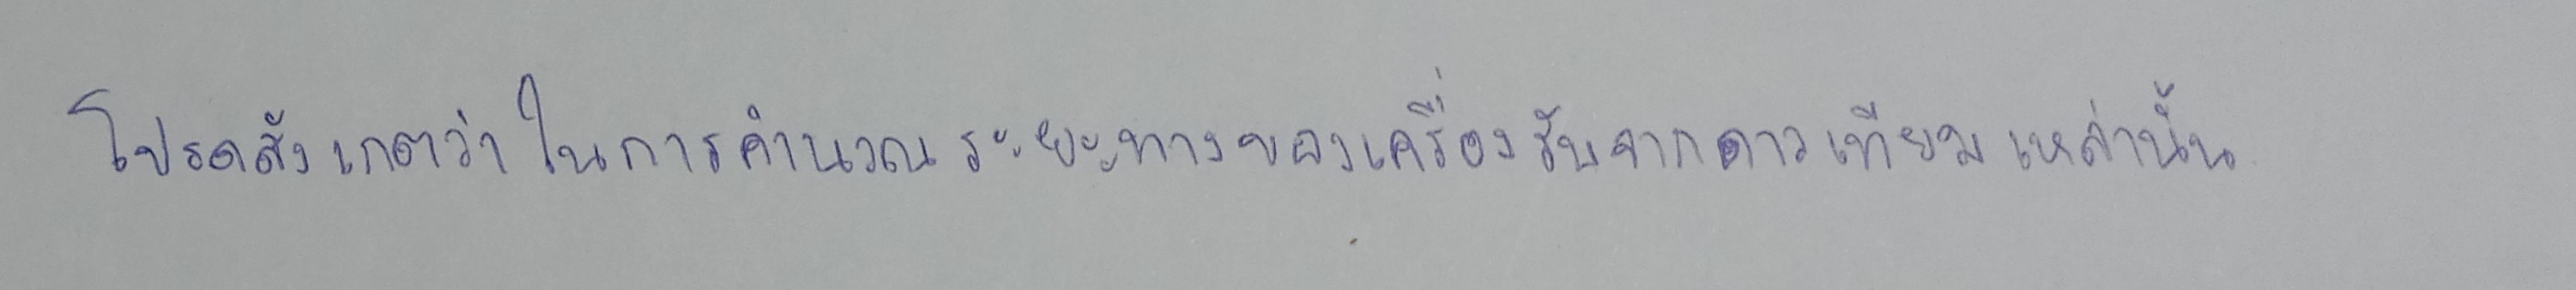
โปรดสังเกตว่าในการคำนวณระยะทางของเครื่องรับจากดาวเทียมเหล่านั้น